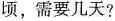
顷，需要几天？